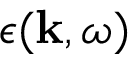
\epsilon ( \mathbf { k } , \omega )